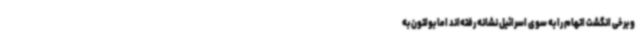
و برخی انگشت اتهام را به سوی اسرائیل نشانه رفته‌اند اما بولتون به